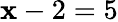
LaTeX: \mathbf{x}-2=5